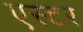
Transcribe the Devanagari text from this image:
एस्‍टर